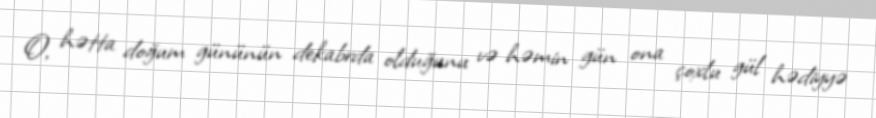
O, hətta doğum gününün dekabrda olduğunu və həmin gün ona çoxlu gül hədiyyə